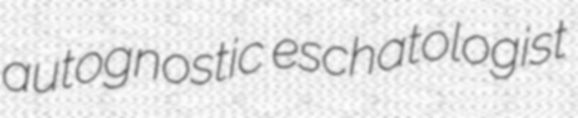
autognostic eschatologist